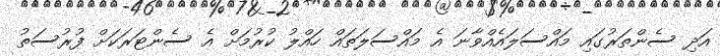
އަދި ސެންތަރުގައި މައްސަލައެއްވާނަ އެ މައްސަލަތައް ހައްލު ކުރުމަށް އެ ސެންޓަރަކަށް ފުރުސަތު